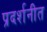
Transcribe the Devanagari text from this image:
प्रदर्शनीत